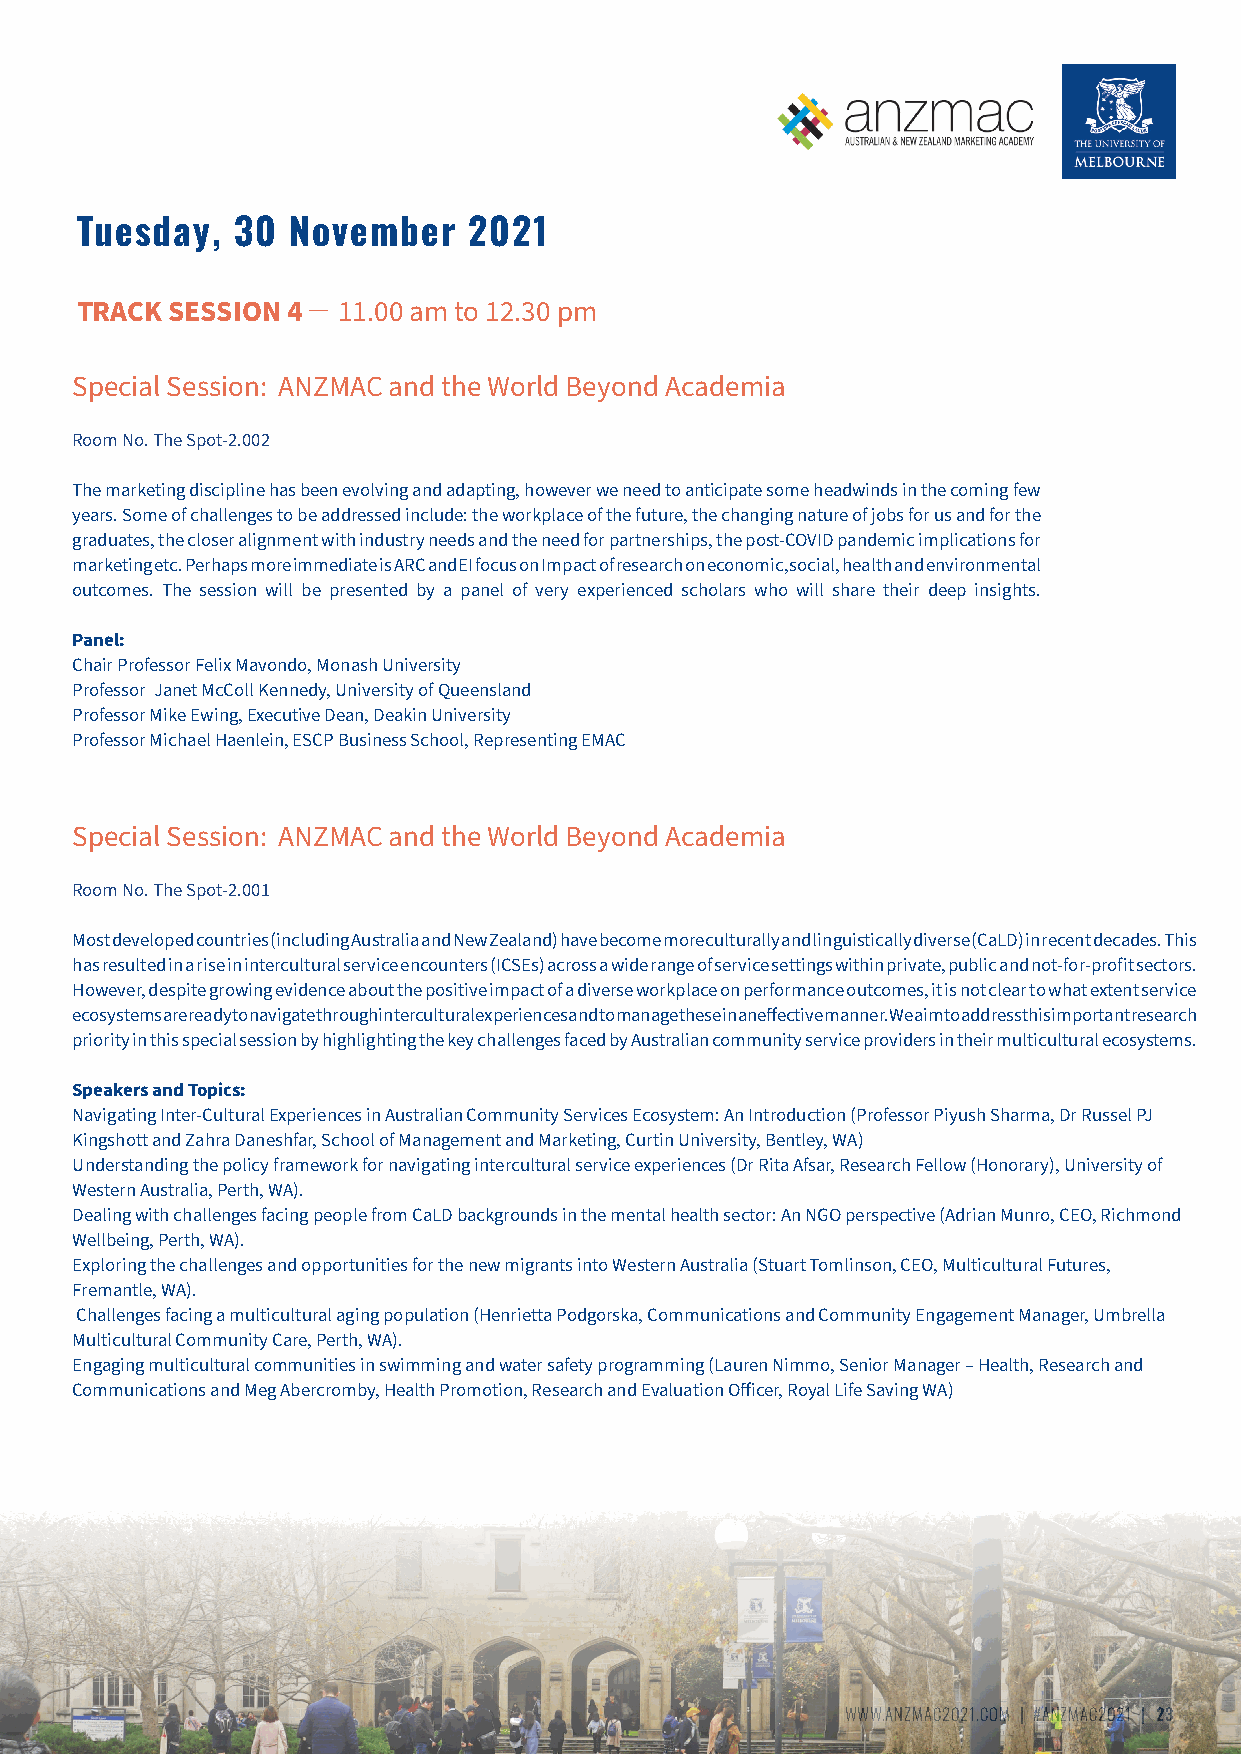
Tuesday,   30 November    2021
 TRACK SESSION 4 ̶ 11.00 am to 12.30 pm
 Special Session: ANZMAC and the World Beyond Academia
 Room No. The Spot-2.002
 The marketing discipline has been evolving and adapting, however we need to anticipate some headwinds in the coming few
 years. Some of challenges to be addressed include: the workplace of the future, the changing nature of jobs for us and for the
 graduates, the closer alignment with industry needs and the need for partnerships, the post-COVID pandemic implications for
 marketing etc. Perhaps more immediate is ARC and EI focus on Impact of research on economic, social, health and environmental
 outcomes. The session will be presented by a panel of very experienced scholars who will share their deep insights.
 Panel:
 Chair Professor Felix Mavondo, Monash University
 Professor Janet McColl Kennedy, University of Queensland
 Professor Mike Ewing, Executive Dean, Deakin University
 Professor Michael Haenlein, ESCP Business School, Representing EMAC
 Special Session: ANZMAC and the World Beyond Academia
 Room No. The Spot-2.001
 Most developed countries (including Australia and New Zealand) have become more culturally and linguistically diverse (CaLD) in recent decades. This
 has resulted in a rise in intercultural service encounters (ICSEs) across a wide range of service settings within private, public and not-for-profit sectors.
 However, despite growing evidence about the positive impact of a diverse workplace on performance outcomes, it is not clear to what extent service
 ecosystems are ready to navigate through intercultural experiences and to manage these in an effective manner. We aim to address this important research
 priority in this special session by highlighting the key challenges faced by Australian community service providers in their multicultural ecosystems.
 Speakers and Topics:
 Navigating Inter-Cultural Experiences in Australian Community Services Ecosystem: An Introduction (Professor Piyush Sharma, Dr Russel PJ
 Kingshott and Zahra Daneshfar, School of Management and Marketing, Curtin University, Bentley, WA)
 Understanding the policy framework for navigating intercultural service experiences (Dr Rita Afsar, Research Fellow (Honorary), University of
 Western Australia, Perth, WA).
 Dealing with challenges facing people from CaLD backgrounds in the mental health sector: An NGO perspective (Adrian Munro, CEO, Richmond
 Wellbeing, Perth, WA).
 Exploring the challenges and opportunities for the new migrants into Western Australia (Stuart Tomlinson, CEO, Multicultural Futures,
 Fremantle, WA).
 Challenges facing a multicultural aging population (Henrietta Podgorska, Communications and Community Engagement Manager, Umbrella
 Multicultural Community Care, Perth, WA).
 Engaging multicultural communities in swimming and water safety programming (Lauren Nimmo, Senior Manager – Health, Research and
 Communications and Meg Abercromby, Health Promotion, Research and Evaluation Officer, Royal Life Saving WA)
 WWW.ANZMAC2021.COM | #ANZMAC2021 | 23